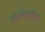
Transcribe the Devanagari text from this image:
संसक्तिशील